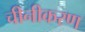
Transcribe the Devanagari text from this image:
चीनीकरण